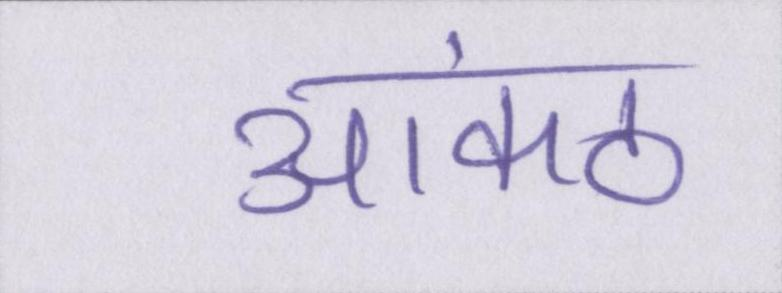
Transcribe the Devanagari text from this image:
आकंठ